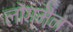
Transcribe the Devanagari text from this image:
लोंगमैन